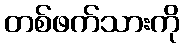
တစ်ဖက်သားကို